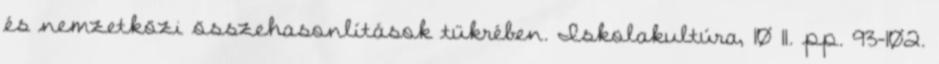
és nemzetközi összehasonlítások tükrében. Iskolakultúra, 10 11. pp. 93-102.